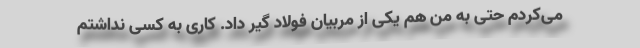
می‌کردم حتی به من هم یکی از مربیان فولاد گیر داد. کاری به کسی نداشتم